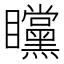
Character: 矘